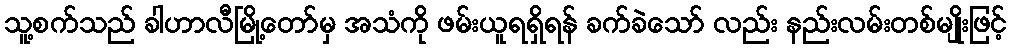
သူ့စက်သည် ခါဟာလီမြို့တော်မှ အသံကို ဖမ်းယူရရှိရန် ခက်ခဲသော် လည်း နည်းလမ်းတစ်မျိုးဖြင့်